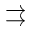
\rightrightarrows